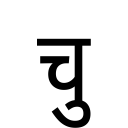
OCR:
चु